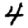
Digit: 4